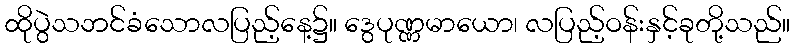
ထိုပွဲသဘင်ခံသောလပြည့်နေ့၌။ ဒွေပုဏ္ဏမာယော၊ လပြည့်ဝန်းနှင့်ခုတို့သည်။